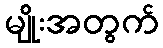
မျိုးအတွက်